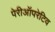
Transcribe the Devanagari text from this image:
पेरीऑपरेटिव